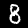
Label: 8